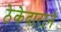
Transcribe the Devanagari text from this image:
ठेकेदाराने